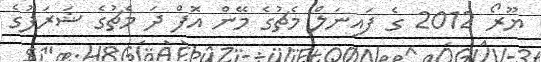
ޔޫރޯ 2012 ގެ ފައިނަލް މެޗުގެ މޭން އޮފް ދަ މެޗުގެ ޝަރަފުގެ